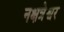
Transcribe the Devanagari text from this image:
नक्षत्रेश्वर